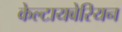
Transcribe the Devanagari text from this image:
केल्टायबेरियन